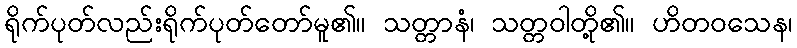
ရိုက်ပုတ်လည်းရိုက်ပုတ်တော်မူ၏။ သတ္တာနံ၊ သတ္တဝါတို့၏။ ဟိတဝသေန၊